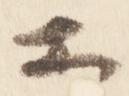
等